65_HS1-834228961_62-HQ-83894_Section_1
Agency: FBI
Page 27
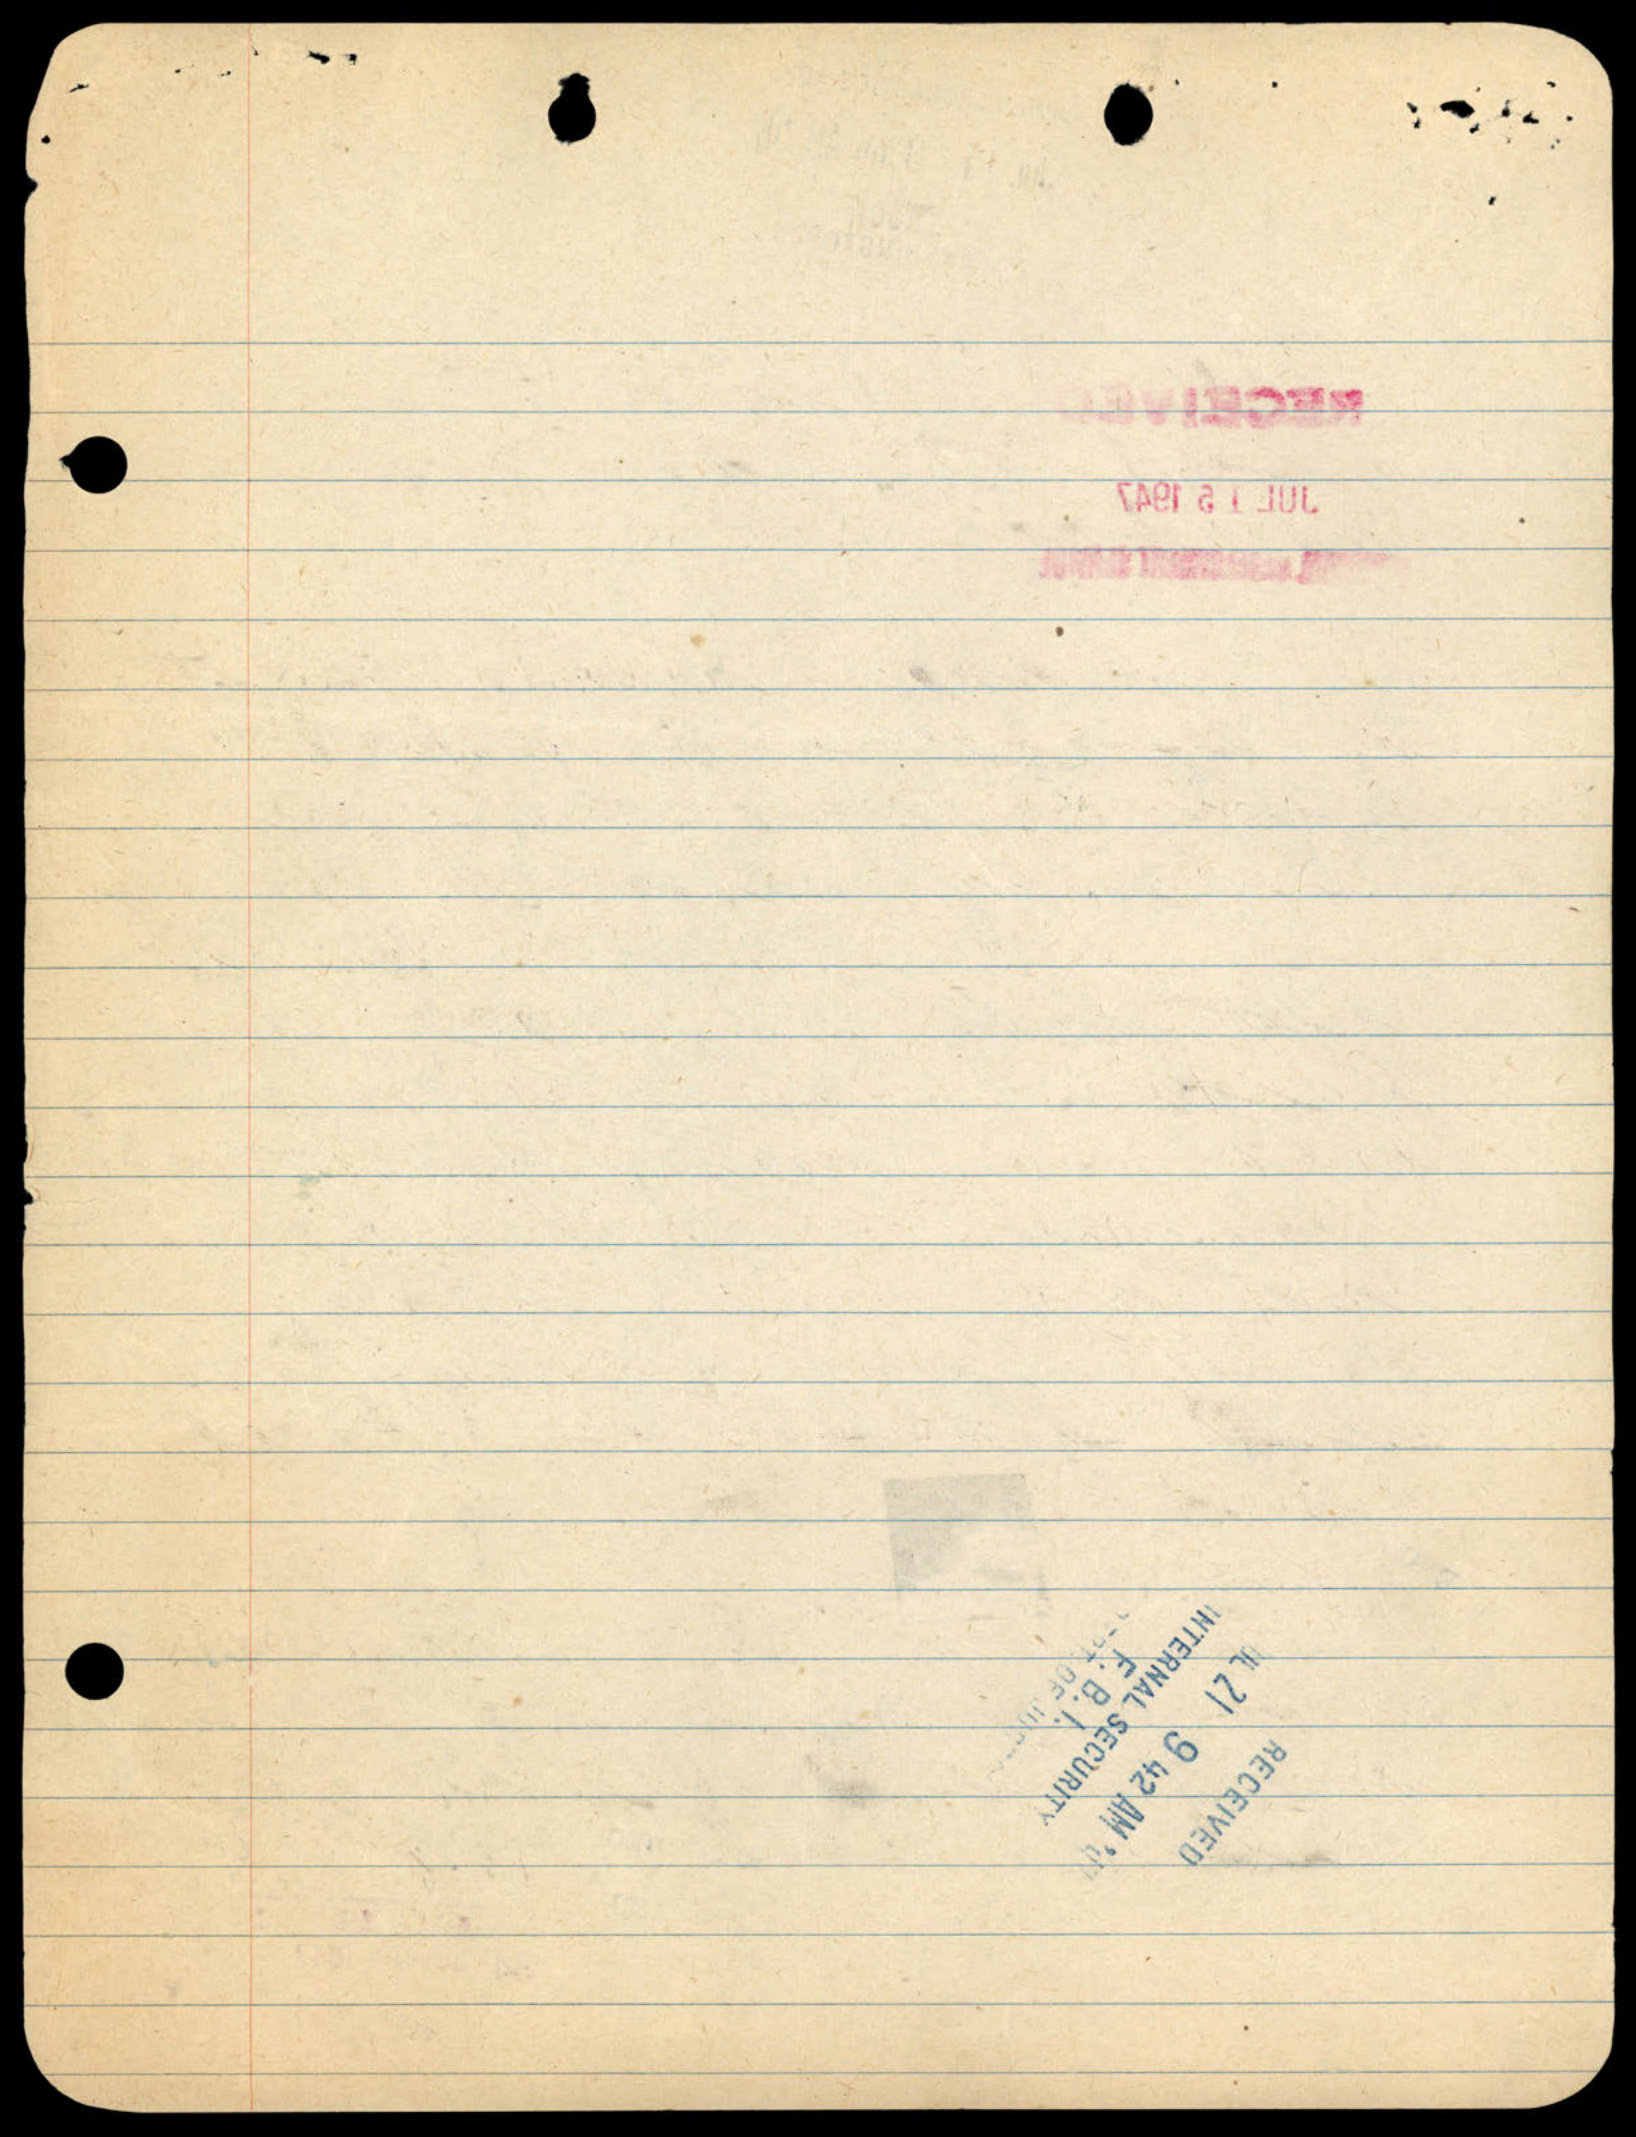